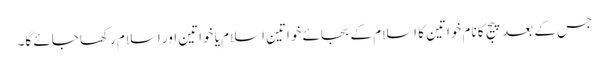
جس کے بعد پیج کا نام خواتین کا اسلام کے بجائے خواتینِ اسلام یا خواتین اور اسلام رکھا جائے گا۔